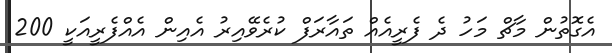
އެގޮތުން މާޗް މަހު ދެ ފެރީއެއް ތައާރަފް ކުރެވޭއިރު އެއިން އެއްފެރީއަކީ 200